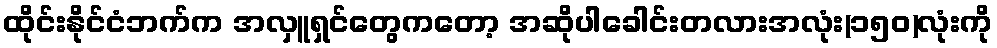
ထိုင်းနိုင်ငံဘက်က အလှူရှင်တွေကတော့ အဆိုပါခေါင်းတလားအလုံး(၁၅၀)လုံးကို